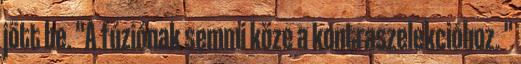
jött be. "A fúziónak semmi köze a kontraszelekcióhoz. "